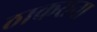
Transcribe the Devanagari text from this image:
ठाकराना